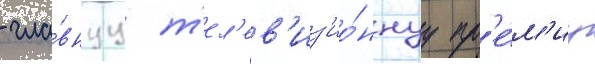
- гла́внуу т'ел'ев'из'ио́ннуу пр'е́м'иу